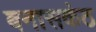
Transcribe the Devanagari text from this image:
बनासकंठ